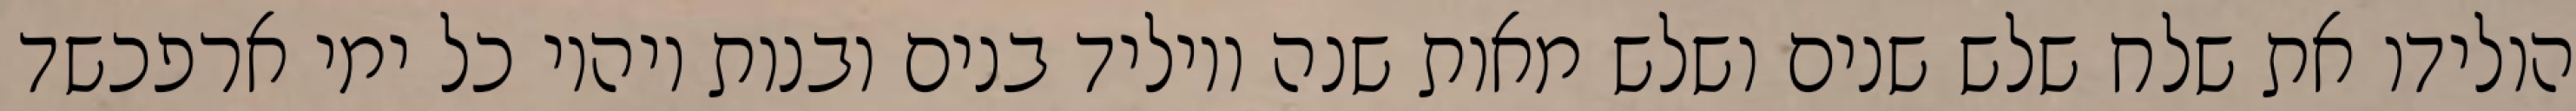
הולידו את שלח שלש שנים ושלש מאות שנה ויוליד בנים ובנות ויהיו כל ימי ארפכשד